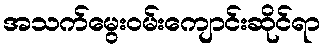
အသက်မွေးဝမ်းကျောင်းဆိုင်ရာ